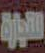
الجارة